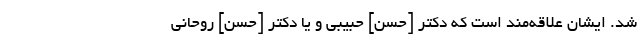
شد. ایشان علاقه‌مند است که دکتر [حسن] حبیبی و یا دکتر [حسن] روحانی